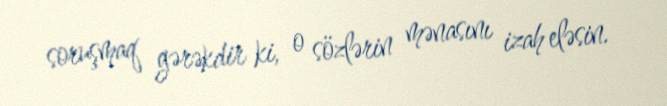
soruşmaq gərəkdir ki, o sözlərin mənasını izah eləsin.